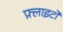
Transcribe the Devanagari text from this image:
फ़्लाइटों